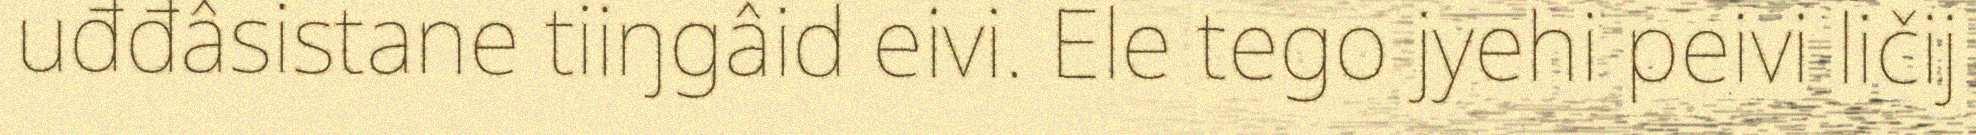
uđđâsistane tiiŋgâid eivi. Ele tego jyehi peivi ličij